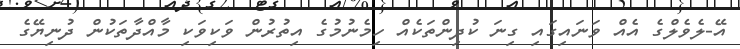
އޭ-ލެވެލްގެ އެއް ވަނައިގައި ގިނަ ކުދިންތަކެއް ހިމެނުމުގެ އިތުރުން ވަކިވަކި މާއްދާތަކުން ދުނިޔޭގެ